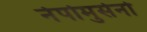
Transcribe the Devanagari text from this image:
नेपोमुसेनो